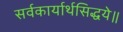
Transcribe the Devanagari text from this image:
सर्वकार्यार्थसिद्धये॥